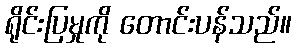
ရိုင်းပြမှုကို တောင်းပန်သည်။